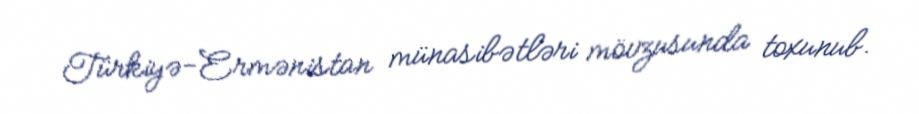
Türkiyə-Ermənistan münasibətləri mövzusunda toxunub.